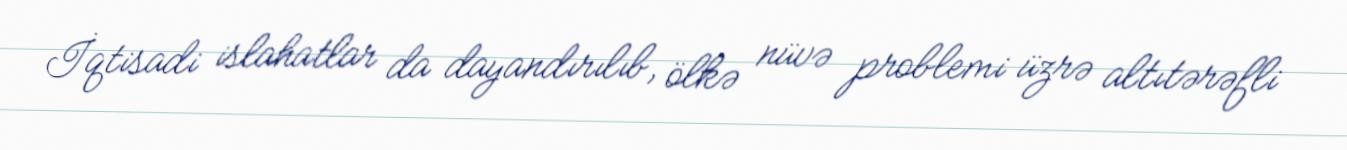
İqtisadi islahatlar da dayandırılıb, ölkə nüvə problemi üzrə altıtərəfli